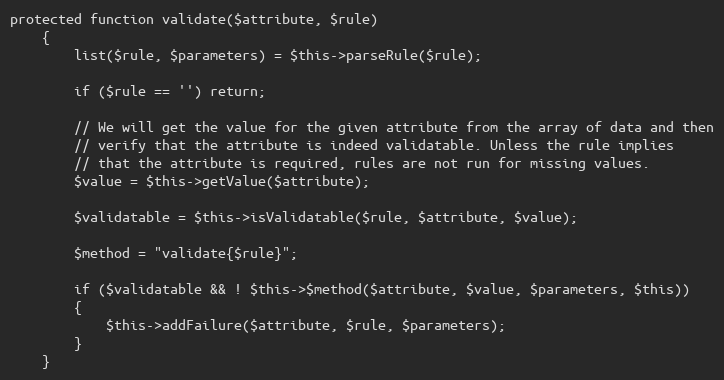
Language: PHP
protected function validate($attribute, $rule)
	{
		list($rule, $parameters) = $this->parseRule($rule);

		if ($rule == '') return;

		// We will get the value for the given attribute from the array of data and then
		// verify that the attribute is indeed validatable. Unless the rule implies
		// that the attribute is required, rules are not run for missing values.
		$value = $this->getValue($attribute);

		$validatable = $this->isValidatable($rule, $attribute, $value);

		$method = "validate{$rule}";

		if ($validatable && ! $this->$method($attribute, $value, $parameters, $this))
		{
			$this->addFailure($attribute, $rule, $parameters);
		}
	}